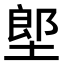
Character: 𡏅